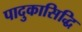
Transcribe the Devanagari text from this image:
पादुकासिद्धि